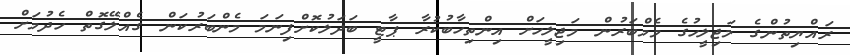
ރައްޔިތުންގެ މަޖިލީހުގެ މެމްބަރުން މަޖިލީހަށް އިންތިހާބުކުރާ ޕާޓީ ބަދަލުކޮށްފިނަމަ މެންބަރުކަން ގެއްލޭގޮތް ހެދުމަށް